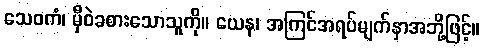
သေဝကံ၊ မှီဝဲခစားသောသူကို။ ယေန၊ အကြင်အရပ်မျက်နှာအဘို့ဖြင့်။